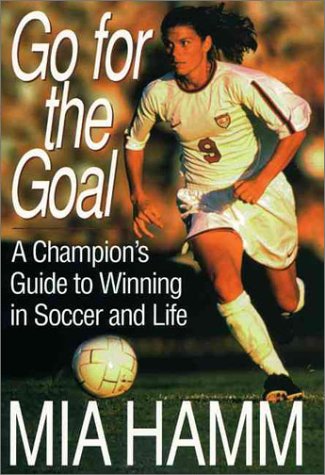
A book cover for Go For The Goal: A Champion's Guide To Winning In Soccer And Life; Mia Hamm; Teen & Young Adult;